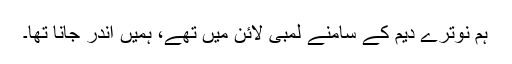
ہم نوترے دیم کے سامنے لمبی لائن میں تھے، ہمیں اندر جانا تھا۔